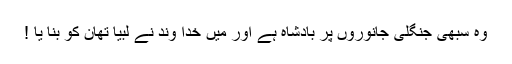
وہ سبھی جنگلی جانوروں پر بادشاہ ہے اور میں خدا وند نے لبیا تھان کو بنا یا !